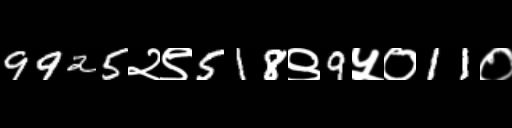
Text: 9925२९518९9५०11०